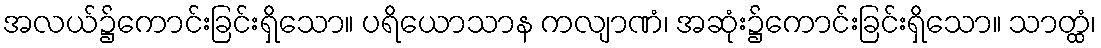
အလယ်၌ကောင်းခြင်းရှိသော။ ပရိယောသာန ကလျာဏံ၊ အဆုံး၌ကောင်းခြင်းရှိသော။ သာတ္ထံ၊